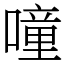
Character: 噇